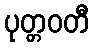
ပုတ္တဝတီ